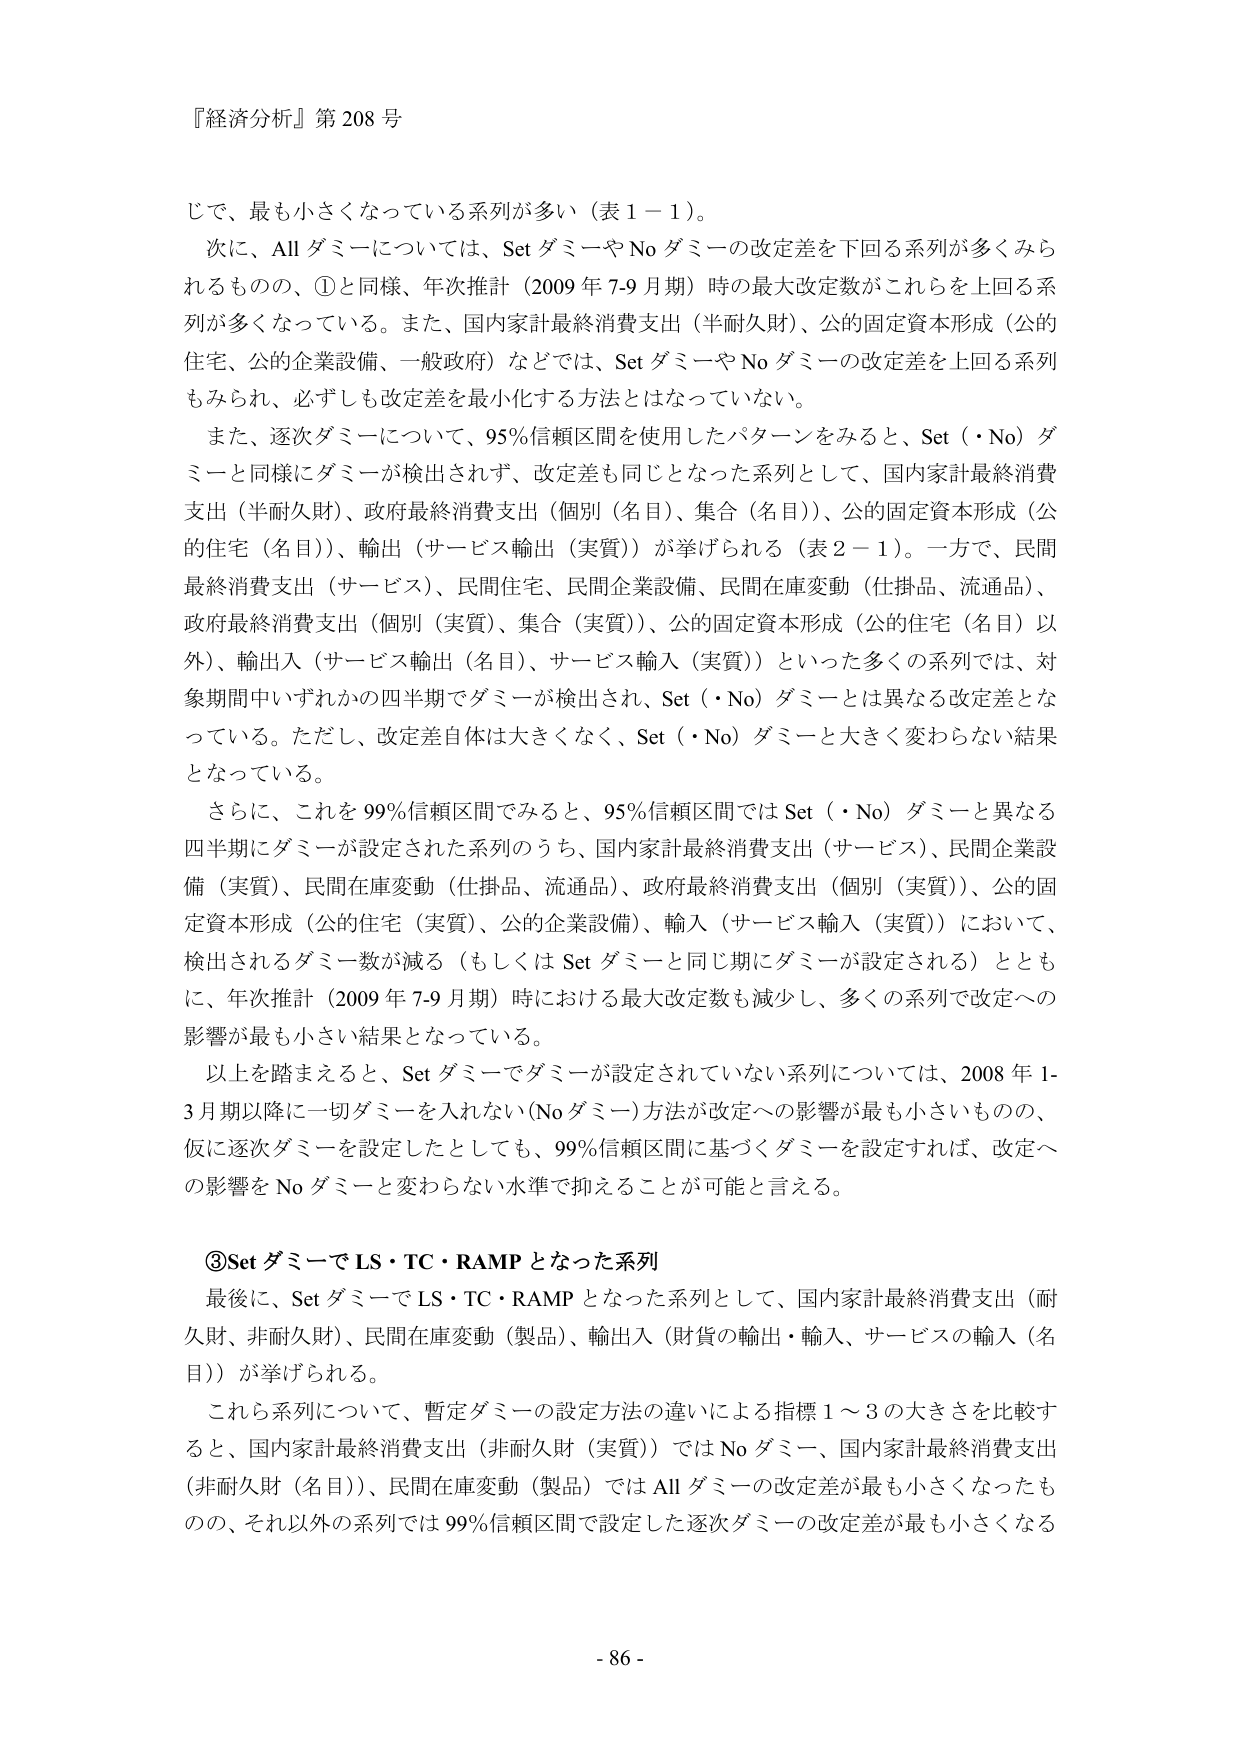
『経済分析』第208号

じで、最も小さくなっている系列が多い（表1－1）。
次に、Allダミーについては、SetダミーやNoダミーの改定差を下回る系列が多くみられるものの、①と同様、年次推計（2009年7-9月期）時の最大改定数がこれらを上回る系列が多くなっている。また、国内家計最終消費支出（半耐久財）、公的固定資本形成（公的住宅、公的企業設備、一般政府）などでは、SetダミーやNoダミーの改定差を上回る系列もみられ、必ずしも改定差を最小化する方法とはなっていない。
また、逐次ダミーについて、95％信頼区間を使用したパターンをみると、Set（・No）ダミーと同様にダミーが検出されず、改定差も同じとなった系列として、国内家計最終消費支出（半耐久財）、政府最終消費支出（個別（名目）、集合（名目））、公的固定資本形成（公的住宅（名目））、輸出（サービス輸出（実質））が挙げられる（表2－1）。一方で、民間最終消費支出（サービス）、民間住宅、民間企業設備、民間在庫変動（仕掛品、流通品）、政府最終消費支出（個別（実質）、集合（実質））、公的固定資本形成（公的住宅（名目）以外）、輸出入（サービス輸出（名目）、サービス輸入（実質））といった多くの系列では、対象期間中いずれかの四半期でダミーが検出され、Set（・No）ダミーとは異なる改定差となっている。ただし、改定差自体は大きくなく、Set（・No）ダミーと大きく変わらない結果となっている。
さらに、これを99％信頼区間でみると、95％信頼区間ではSet（・No）ダミーと異なる四半期にダミーが設定された系列のうち、国内家計最終消費支出（サービス）、民間企業設備（実質）、民間在庫変動（仕掛品、流通品）、政府最終消費支出（個別（実質））、公的固定資本形成（公的住宅（実質）、公的企業設備）、輸入（サービス輸入（実質））において、検出されるダミー数が減る（もしくはSetダミーと同じ期にダミーが設定される）とともに、年次推計（2009年7-9月期）時における最大改定数も減少し、多くの系列で改定への影響が最も小さい結果となっている。
以上を踏まえると、Setダミーでダミーが設定されていない系列については、2008年1-3月期以降に一切ダミーを入れない（Noダミー）方法が改定への影響が最も小さいものの、仮に逐次ダミーを設定したとしても、99％信頼区間に基づくダミーを設定すれば、改定への影響をNoダミーと変わらない水準で抑えることが可能と言える。

③SetダミーでLS・TC・RAMPとなった系列
最後に、SetダミーでLS・TC・RAMPとなった系列として、国内家計最終消費支出（耐久財、非耐久財）、民間在庫変動（製品）、輸出入（財貨の輸出・輸入、サービスの輸入（名目））が挙げられる。
これら系列について、暫定ダミーの設定方法の違いによる指標1～3の大きさを比較すると、国内家計最終消費支出（非耐久財（実質））ではNoダミー、国内家計最終消費支出（非耐久財（名目））、民間在庫変動（製品）ではAllダミーの改定差が最も小さくなったものの、それ以外の系列では99％信頼区間で設定した逐次ダミーの改定差が最も小さくなる

- 86 -